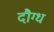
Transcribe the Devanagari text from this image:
दौग्ध